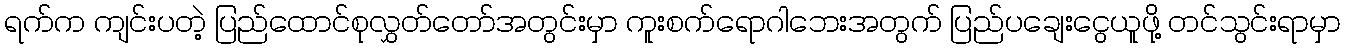
ရက်က ကျင်းပတဲ့ ပြည်ထောင်စုလွှတ်တော်အတွင်းမှာ ကူးစက်ရောဂါဘေးအတွက် ပြည်ပချေးငွေယူဖို့ တင်သွင်းရာမှာ